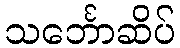
သင်္ဘောဆိပ်